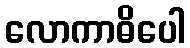
လောကာဓိပေါ